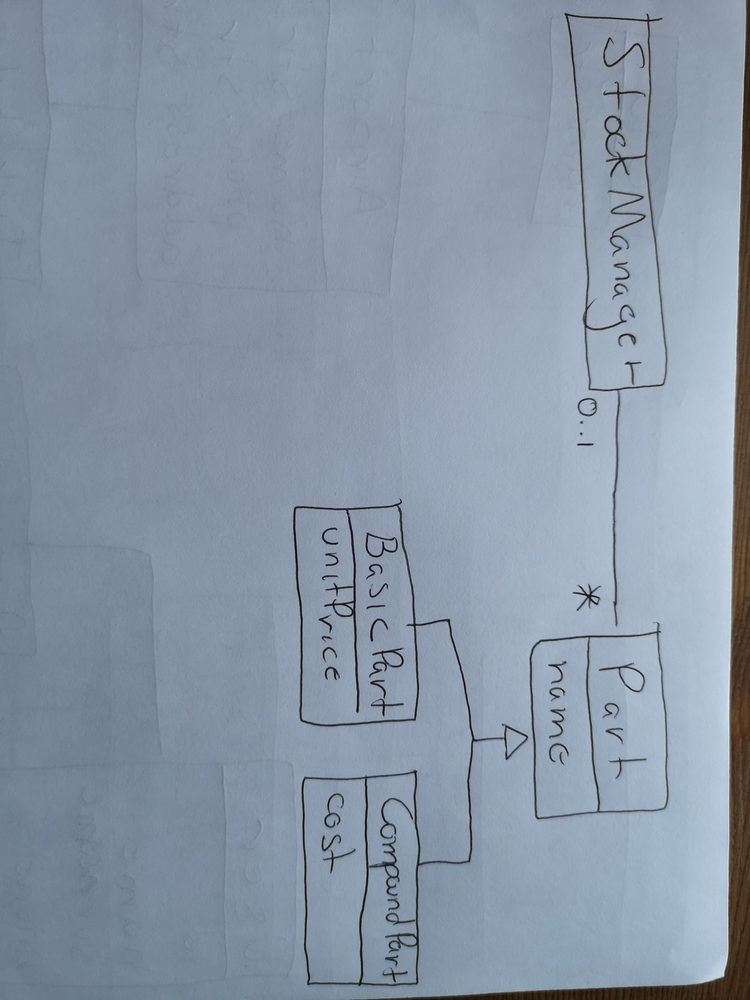
Diagram type: class_diagram
```plantuml
@startuml

class StockManager

class Part {
  name
}

class BasicPart extends Part {
  unitPrice
}

class CompoundPart extends Part {
  cost
}

StockManager "0.." -- "*" Part

@enduml
```